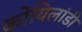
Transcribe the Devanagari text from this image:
कोयिलांडी